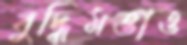
বুদ্ধিমত্তাও